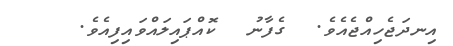
އިނދަޖެހިއްޖެއެވެ.  ގެފާނު  ކޮއްޕައިލައްވައިފިއެވެ.